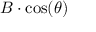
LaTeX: \displaystyle B \cdot \cos ( \theta )